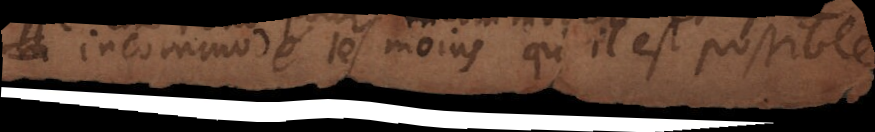
incommodé le moins qu’il est possible